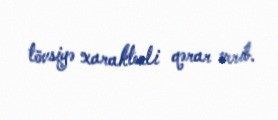
tövsiyə xarakterli qərar verib.